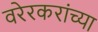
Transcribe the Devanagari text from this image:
वरेरकरांच्या